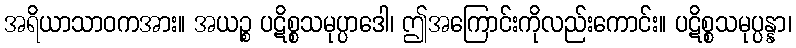
အရိယာသာဝကအား။ အယဉ္စ ပဋိစ္စသမုပ္ပာဒေါ၊ ဤအကြောင်းကိုလည်းကောင်း။ ပဋိစ္စသမုပ္ပန္နာ၊